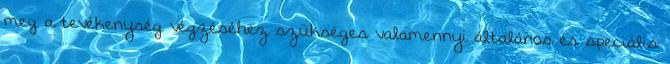
meg a tevékenység végzéséhez szükséges valamennyi általános és speciális